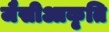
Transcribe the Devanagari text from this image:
जैसीआकृति